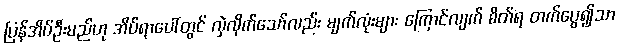
ပြန်အိပ်ဦးမည်ဟု အိပ်ရာပေါ်တွင် လှဲလိုက်သော်လည်း မျက်လုံးများ ကြောင်လျက် စိတ်ရ တက်ပွေ၍သာ